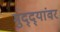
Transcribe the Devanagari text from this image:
मुद्‌द्‌यांवर